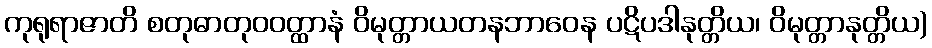
ကုရုရာဇာတိ စတုဓာတုဝဝတ္ထာနံ ဝိမုတ္တာယတနဘာဝေန ပဋိပဒါနုတ္တိယ၊ ဝိမုတ္တာနုတ္တိယ)